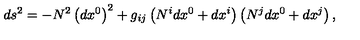
d s _ { { } } ^ { 2 } = - N ^ { 2 } \left( d x ^ { 0 } \right) ^ { 2 } + g _ { i j } \left( N ^ { i } d x ^ { 0 } + d x ^ { i } \right) \left( N ^ { j } d x ^ { 0 } + d x ^ { j } \right) ,